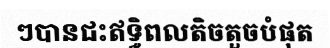
ៗបានជះឥទ្ធិពលតិចតួចបំផុត